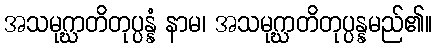
အသမုဂ္ဃာတိတုပ္ပန္နံ နာမ၊ အသမုဂ္ဃာတိတုပ္ပန္နမည်၏။